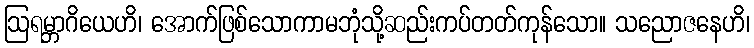
ဩရမ္ဘာဂိယေဟိ၊ အောက်ဖြစ်သောကာမဘုံသို့ဆည်းကပ်တတ်ကုန်သော။ သညောဇနေဟိ၊